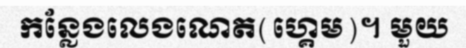
កន្លែងលេងណេត(ហ្គេម)។ មួយ